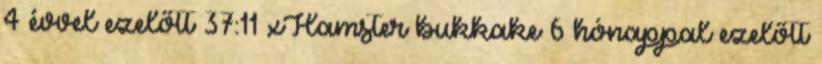
4 évvel ezelőtt 37:11 xHamster bukkake 6 hónappal ezelőtt